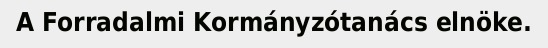
A Forradalmi Kormányzótanács elnöke.